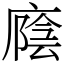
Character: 廕